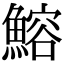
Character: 鰫